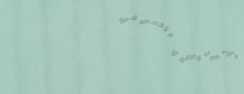
مركز علاج طبيعي متخصص في